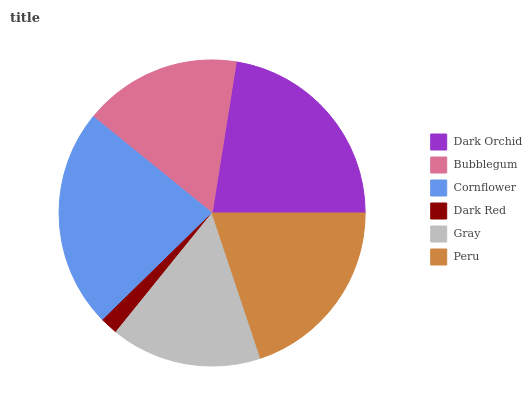
| Dark Orchid | Bubblegum | Cornflower | Dark Red | Gray | Peru |
 | --- | --- | --- | --- | --- | --- |
 | 22.4% | 16.7% | 23.2% | 1.86% | 15.9% | 19.9% |